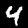
Digit: 4